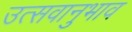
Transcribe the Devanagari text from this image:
उत्सवानुभाव